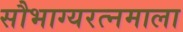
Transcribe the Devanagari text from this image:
सौभाग्यरत्नमाला